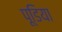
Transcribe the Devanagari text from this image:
पूडिया